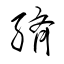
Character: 緕